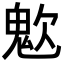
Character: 𩲟